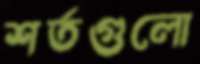
শর্তগুলো